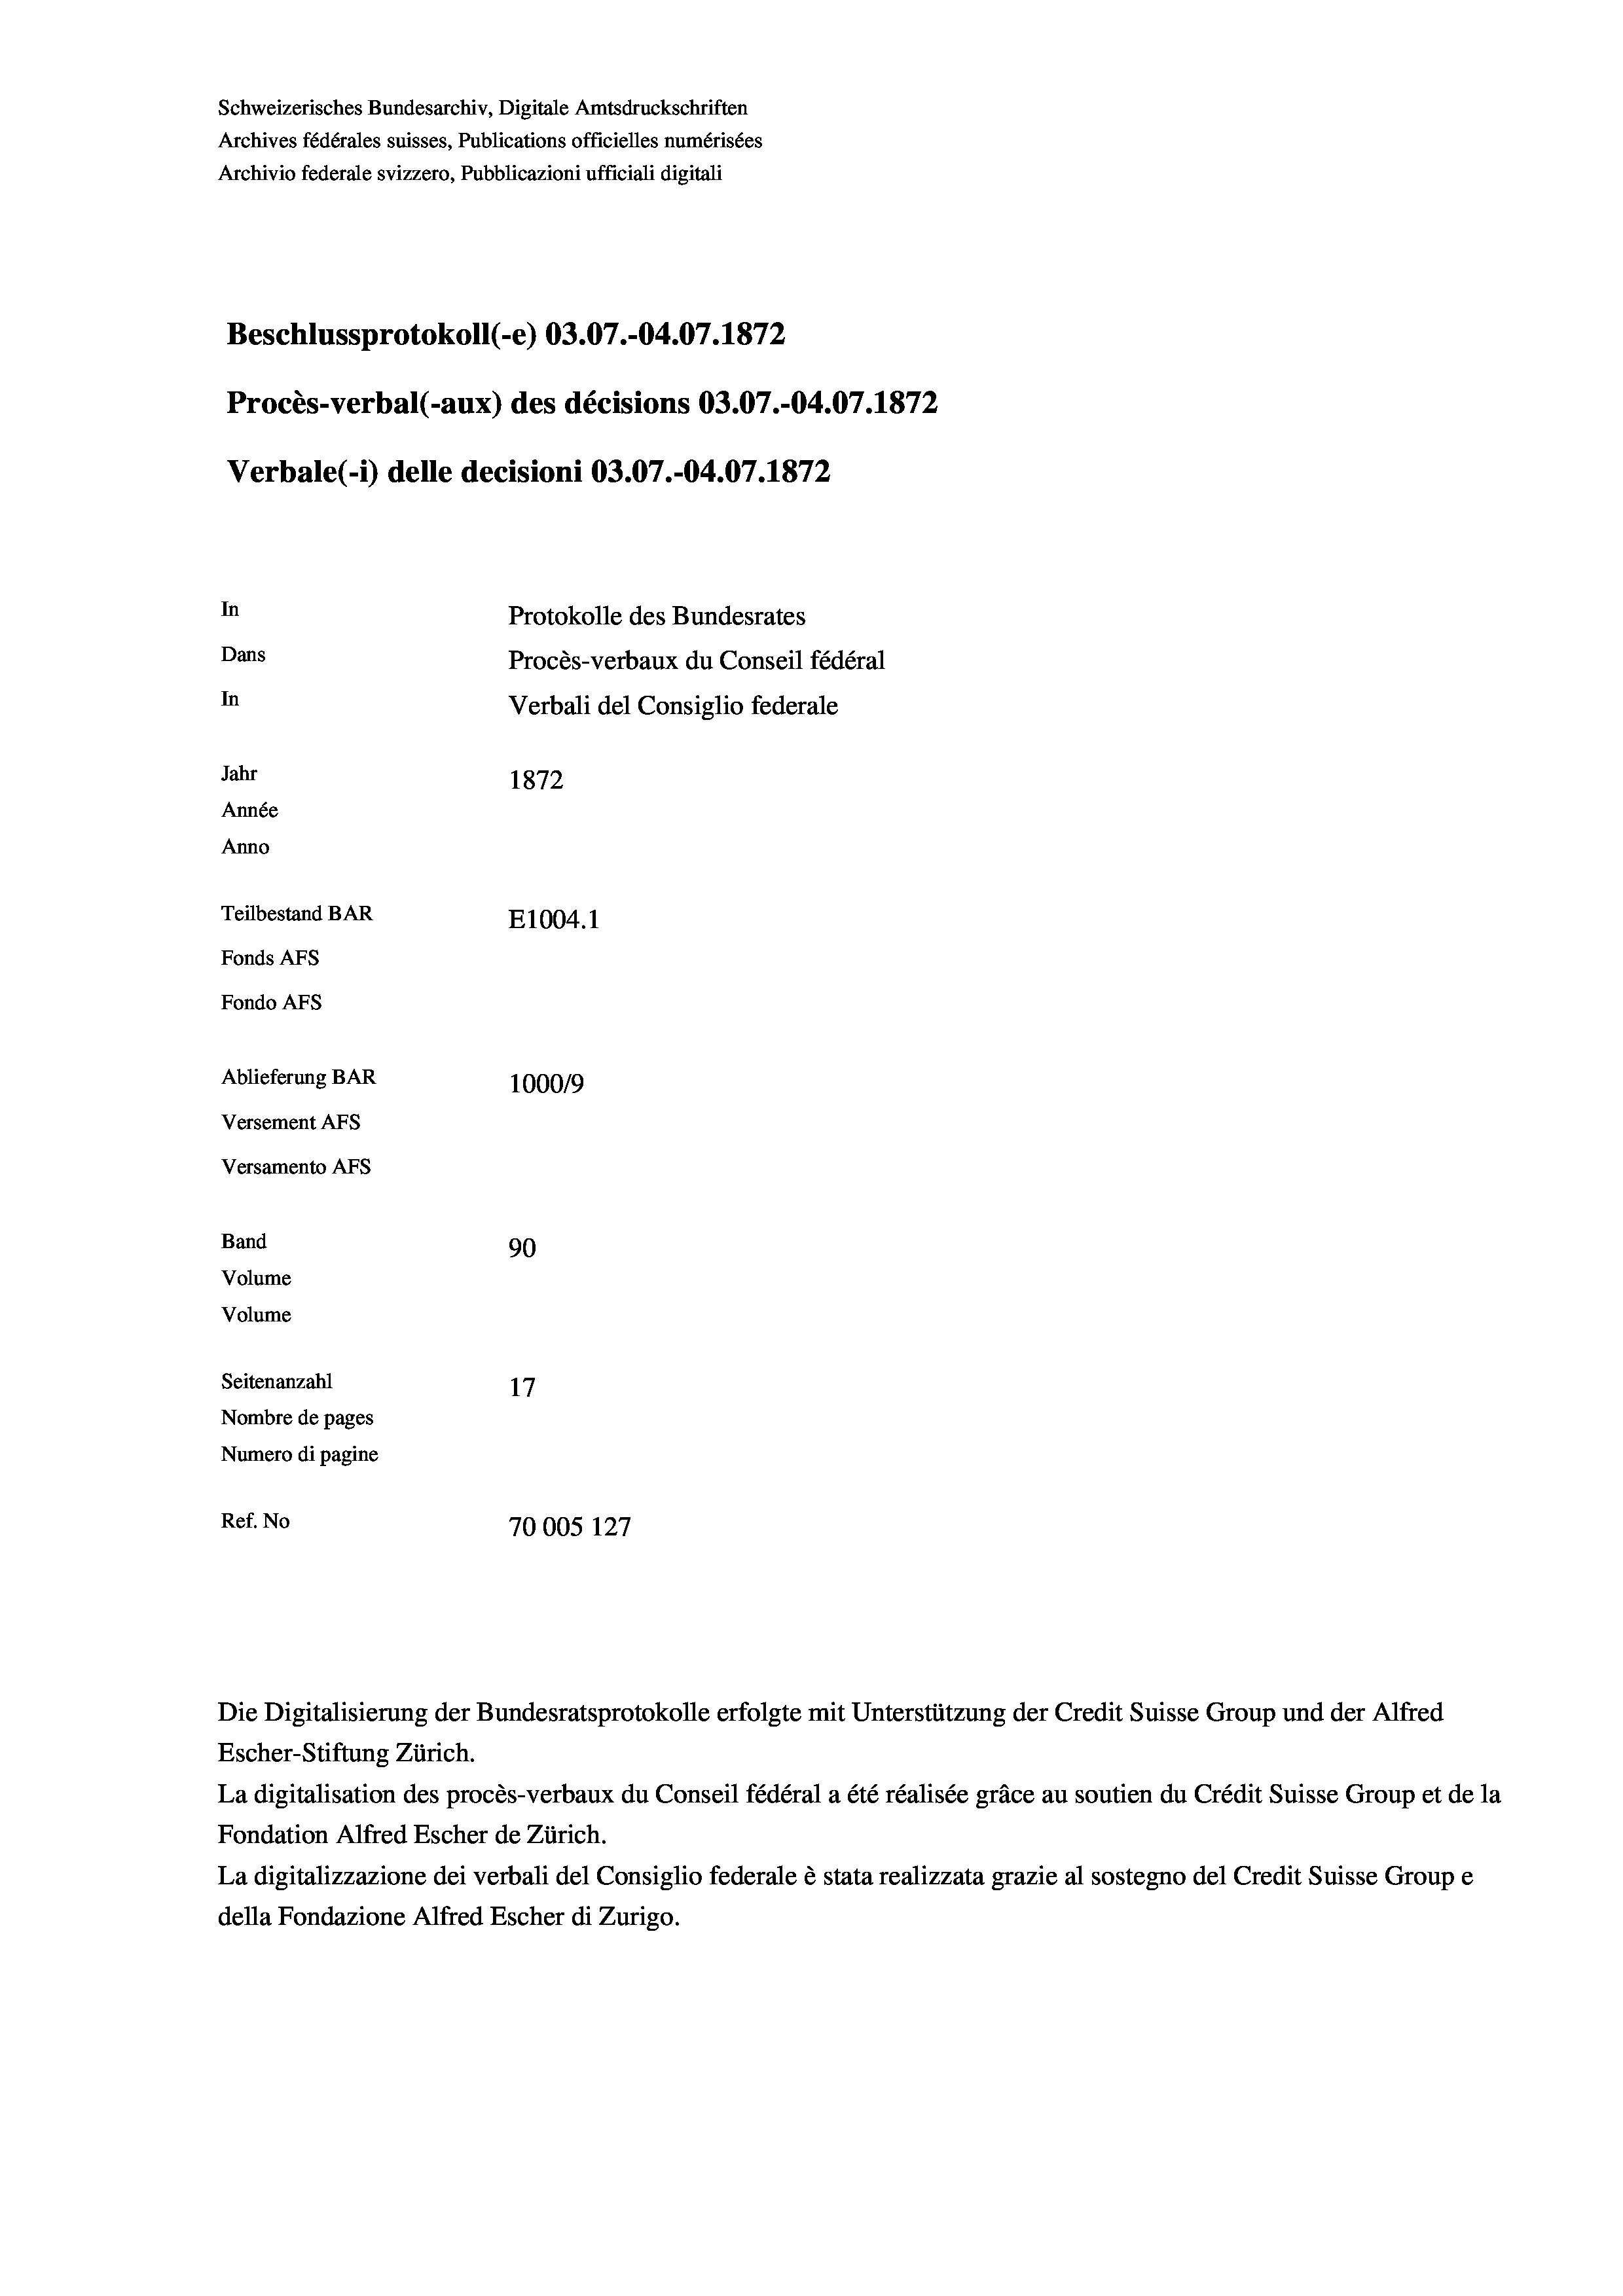
Schweizerisches Bundesarchiv, Digitale Amtsdruckschriften
Archives fédérales suisses, Publications officielles numérisées
Archivio federale svizzero, Pubblicazioni ufficiali digitali
Beschlussprotokoll (-e) 03.07.-04.07. 1872
Procès-verbal (-aux) des décisions 03.07.-04.07. 1872
Verbale (- 1) delle decisioni 03.07.-04.07. 1872
In
Protokolle des Bundesrates
Dans
Procès-verbaux du Conseil fédéral
In
Verbali del Consiglio federale
Jahr
1872
Année
Anno
Teilbestand BAR
E1004. 1
Fonds AFs
Fondo Afs
Ablieferung BAR
100019
Versement AFs
Versamento AFs
Band
90
Volume
Volume
Seitenanzahl
17
Nombre de pages
Numero di pagine

Ref. No
70005 127

Escher-Stiftung Zürich.
La digitalisation des procès-verbaux du Conseil fédéral a été réalisée gräce au soutien du Crédit Suisse Group et de la
Fondation Alfred Escher de Zürich.
La digitalizzazione dei verbali del Consiglio federale è stata realizzata grazie al sostegno del Credit Suisse Groupe
della Fondazione Alfred Escher di Zurigo.

Die Digitalisierung der Bundesratsprotokolle erfolgte mit Unterstützung der Credit Suisse Group und der Alfred